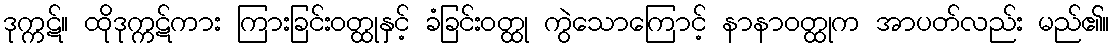
ဒုက္ကဋ်။ ထိုဒုက္ကဋ်ကား ကြားခြင်းဝတ္ထုနှင့် ခံခြင်းဝတ္ထု ကွဲသောကြောင့် နာနာဝတ္ထုက အာပတ်လည်း မည်၏။